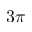
3 \pi